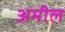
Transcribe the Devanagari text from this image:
अमील